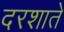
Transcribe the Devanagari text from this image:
दरशाते